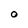
Character: O